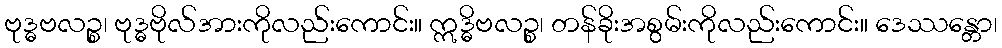
ဗုဒ္ဓဗလဉ္စ၊ ဗုဒ္ဓဗိုလ်အားကိုလည်းကောင်း။ ဣဒ္ဓိဗလဉ္စ၊ တန်ခိုးအစွမ်းကိုလည်းကောင်း။ ဒေဿန္တော၊